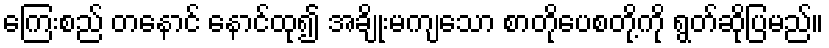
ကြေးစည် တနောင် နောင်ထု၍ အချိုးမကျသော စာတိုပေစတို့ကို ရွတ်ဆိုပြမည်။